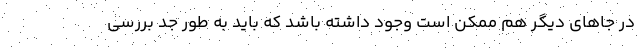
در جاهای دیگر هم ممکن است وجود داشته باشد که باید به طور جد بررسی